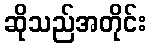
ဆိုသည်အတိုင်း